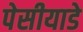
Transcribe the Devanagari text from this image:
पेसीयाडे